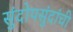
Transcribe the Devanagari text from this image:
सुंदोपसुंदांची